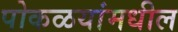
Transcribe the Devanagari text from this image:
पोकळयांमधील